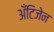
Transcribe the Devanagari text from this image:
अँटिजेन